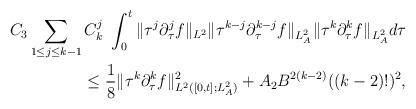
LaTeX: \begin{align*}C_3\sum_{1\le j\le k-1}C^j_k\ \int^t_0\|\tau^{j}\partial^{j}_\tau f\|_{L^2}\|\tau^{k-j}\partial^{k-j}_\tau f\|_{L^2_A}\|\tau^k\partial^k_\tau f\|_{L^2_A}d\tau\\\le \frac{1}{8}\|\tau^k\partial^k_\tau f\|^2_{L^2([0,t];L^2_A)}+A_2 B^{2(k-2)}((k-2)!)^2,\end{align*}